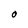
Character: O